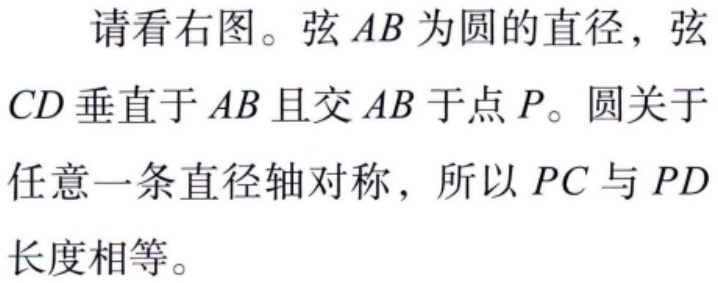
请看右图。弦\(AB\)为圆的直径，弦\(CD\)垂直于\(AB\)且交\(AB\)于点\(P\)。圆关于任意一条直径轴对称，所以\(PC\)与\(PD\)长度相等。